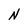
Character: N